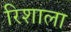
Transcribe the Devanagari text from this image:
रिशाला